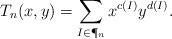
\begin{align*} T_n(x,y) = \sum_{I \in \P_n} x^{c(I)} y^{d(I)}.\end{align*}